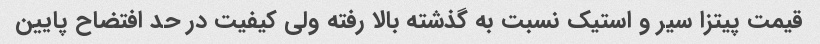
قیمت پیتزا سیر و استیک نسبت به گذشته بالا رفته ولی کیفیت در حد افتضاح پایین